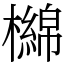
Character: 檰